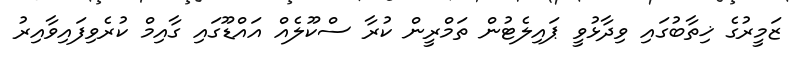
ޒަމީރުގެ ޚިތާބުގައި ވިދާޅުވީ ޕައިލެޓުން ތަމްރީން ކުރާ ސްކޫލެއް އައްޑޫގައި ގާއިމް ކުރެވިފައިވާއިރު